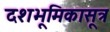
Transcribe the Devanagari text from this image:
दशभूमिकासूत्र